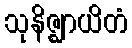
သုနိဇ္ဈာယိတံ